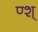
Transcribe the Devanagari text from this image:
ण्श्